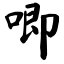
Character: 唧